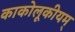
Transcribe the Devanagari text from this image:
काकोलूकीयम्